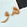
هو